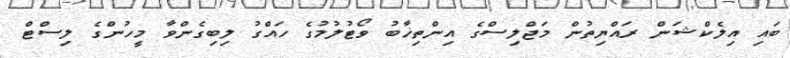
ބައި އިލެކްޝަން ރައްޔިތުން މަޖްލިސްގެ އިންތިޚާބު ވޯޓުލުމުގެ ހައްގު ލިބިގެންވާ މީހުންގެ ލިސްޓް